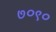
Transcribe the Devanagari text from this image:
७०९०